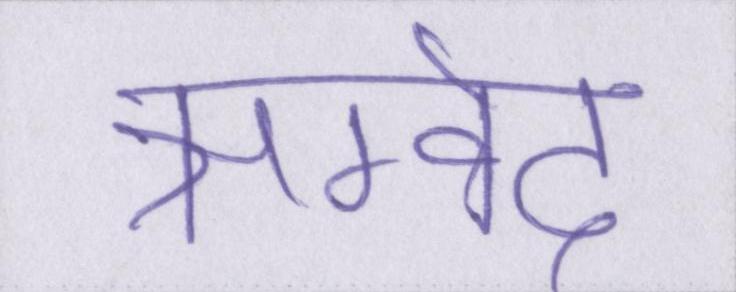
ऋग्वेद